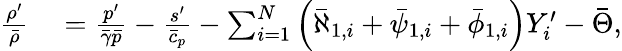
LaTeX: \begin{array}{rl}{\frac{\rho^{\prime}}{\bar{\rho}}}&{{}=\frac{p^{\prime}}{\bar{\gamma}\bar{p}}-\frac{s^{\prime}}{\bar{c}_{p}}-\sum_{i=1}^{N}\left(\bar{\aleph}_{1,i}+\bar{\psi}_{1,i}+\bar{\phi}_{1,i}\right)Y_{i}^{\prime}-\bar{\Theta},}\end{array}